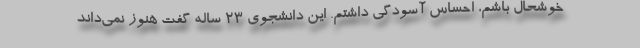
خوشحال باشم، احساس آسودگی داشتم. این دانشجوی ۲۳ ساله گفت هنوز نمی‌داند